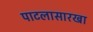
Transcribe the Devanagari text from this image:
पाटलासारखा